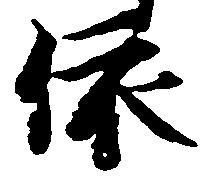
依